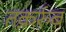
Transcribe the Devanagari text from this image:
तक़र्रुब